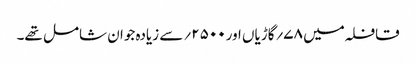
قافلہ میں ۷۸؍گاڑیاں اور۵۰۰ ۲؍سے زیادہ جوان شامل تھے۔